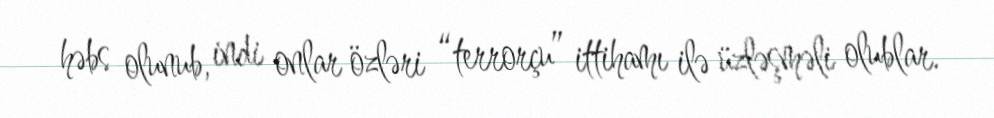
həbs olunub, indi onlar özləri “terrorçu” ittihamı ilə üzləşməli olublar.